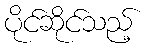
ပိုင်ဆိုင်သည့်